Medical and sanitary report of the native army of Bengal for the year
Year: 1874
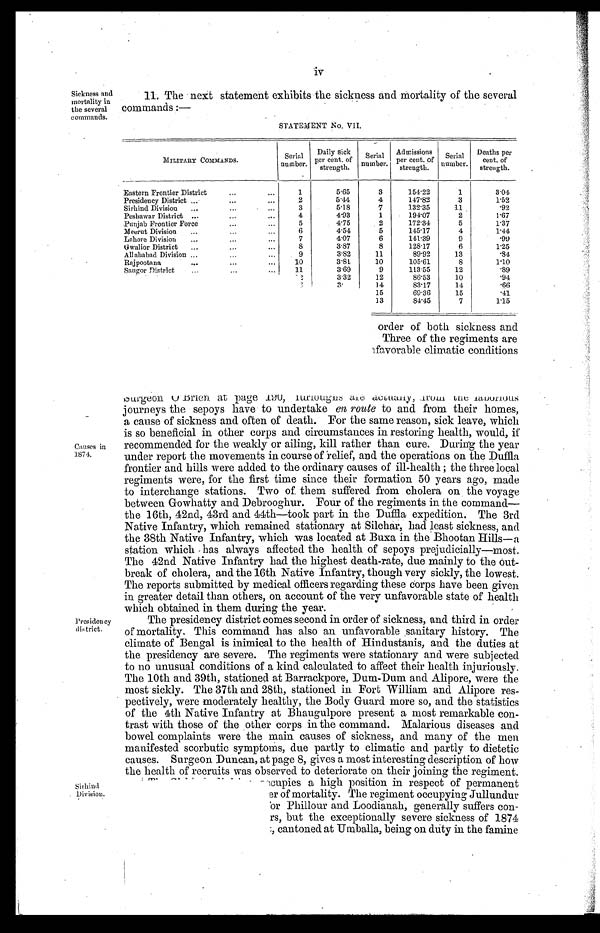
iv
Sickness and
mortality in
the several
commands.
Causes in
1874.
Presidency
district.
Sirhind
Division.
11. The next statement exhibits the sickness and Mortality of the several
commands:—
STATEMENT No. VII.
MILITARY COMMANDS.
S e r i a l n u m b e r .
Daily sick
per cent. of
strength.
S e r i a l
number.
Admissions
per cent. of
strength.
Serial
number.
Deaths per
cent. of
strength.
Eastern Frontier District . . .
1
5.65
3
154.22
1
3.04
Presidency District . . .
2
5.44
4
147.82
3
1.52
Sirhind Division . . .
3
5.18
7
132.35
11
.92
Peshawar District . . .
4
4.93
1
194.07
2
1.67
Punjab Frontier Force . . .
5
4.75
2
172.34
5
1.37
Meerut Division . . .
6
4.54
5
145.17
4
1.44
Lahore Division . . .
7
4.07
6
141.39
9
.99
Gwalior District . . .
8
3.87
8
128.17
6
1.25
All ahabad Division . . .
9
3.82
11
89.92
13
.84
Rajpootana . . .
10
3.81
10
105.61
8
1.10
Saugor District . . .
1 1
3.69
9
113.55
12
.89
<illegible/>
< i l l e g i b l e / >
3.32
12
86.53
10
.94
<illegible/>
< i l l e g i b l e / >
3 .
14
83.17
14
.66
<illegible/>
< i l l e g i b l e / ><illegible/>
15
69.36
15
.41
<illegible/>
< i l l e g i b l e / ><illegible/>
13
84.45
7
1.15
<illegible/>order of both sickness and
<illegible/>Three of the regiments are
<illegible/>favorable climatic conditions
< i l l e g i b l e / > S u r g e o n O B r i e n a t p a g e 1 9 0 ,
r u r i o u g u s a r e a c t u a l l y , f r o m t h e r a b o r i o u s j o u r n e y s t h e s e p o y s h a v e t o u n d e r t a k e
e n r o u t et
o a n d f r o m t h e i r h o m e s ,
a cause of sickness and often of death. For the same reason, sick leave, which
is so beneficial in other corps and circumstances in restoring health, would, if
recommended for the weakly or ailing, kill rather than cure. During the year
under report the movements in course of relief, and the operations on the Duffla
frontier and hills were added to the ordinary causes of ill-health; the three local
regiments were, for the first time since their formation 50 years ago, made
to interchange stations. Two of them suffered from cholera on the voyage
between Gowhatty and Debrooghur. Four of the regiments in the command
— t h e 1 6 t h , 4 2 n d , 4 3 r d a n d 4 4 t h — t o o k p a r t i n t h e D u f f l a e x p e d i t i o n . T h e 3 r d
Native Infantry, which remained stationary at Silchar, had least sickness, and
the 38th Native Infantry, which was located at Buxa in the Bhootan Hills—a
station which has always affected the health of sepoys prejudicially—most.
The 42nd Native Infantry had the highest death-rate, due mainly to the Out
- b r e a k o f c h o l e r a , a n d t h e 1 6 t h N a t i v e I n f a n t r y , t h o u g h v e r y s i c k l y , t h e l o w e s t .
The reports submitted by medical officers regarding these corps have been given
in greater detail than others, on account of the very unfavorable state of health
which obtained in them during the year.
The presidency district comes second in order of sickness, and third in order
of mortality. This command has also an unfavorable sanitary history. The
climate of Bengal is inimical to the health of Hindustanis, and the duties at
the presidency are severe. The regiments were stationary and were subjected
to no unusual conditions of a kind calculated to affect their health injuriously.
The 10th and 39th, stationed at Barrackpore, Dum-Dum and Alipore, were the
most sickly. The 37th and 28th, stationed in Fort William and Alipore res
-pectively, were moderately healthy, the Body Guard more so, and the statistics
of the 4th Native Infantry at Bhaugulpore present a most remarkable con
-trast with those of the other corps in the command. Malarious diseases and
bowel complaints were the main causes of sickness, and many of the men
manifested scorbutic symptoms, due partly to climatic and partly to dietetic
causes. Surgeon Duncan, at page 8, gives a most interesting description of how
the health of recruits was observed to deteriorate on their joining the regiment
.
< i l l e g i b l e / > o c c u p i e s a h i g h p o s i t i o n i n r e s p e c t o f p e r m a n e n t
< i l l e g i b l e / > e r o f m o r t a l i t y . T h e r e g i m e n t o c c u p y i n g J u l l u n d u r
<illegible/>or Phillour and Loodianah, generally suffers con
-<illegible/>rs, but the exceptionally severe sickness of 1874
, < i l l e g i b l e / > c a n t o n e d a t U m b a l l a , b e i n g o n d u t y i n t h e f a m i n e